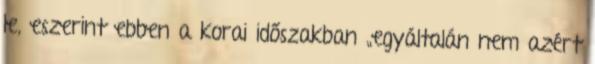
le, eszerint ebben a korai időszakban „egyáltalán nem azért